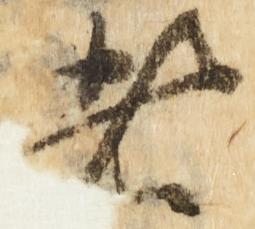
者